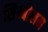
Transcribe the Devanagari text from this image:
सिम्बोलम